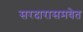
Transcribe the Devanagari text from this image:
सरदारासमवेत